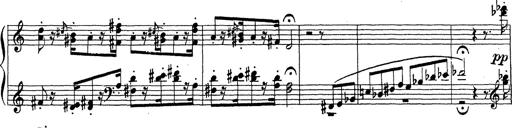
Title: Ballade No.1
Composer: Richard St. Clair